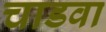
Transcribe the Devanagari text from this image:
चाडवा